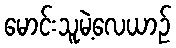
မောင်းသူမဲ့လေယာဉ်